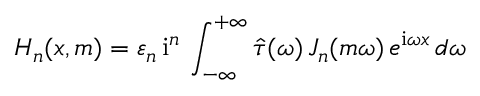
H _ { n } ( x , m ) = \varepsilon _ { n } \, \mathrm { i } ^ { n } \, \int _ { - \infty } ^ { + \infty } \hat { \tau } ( \omega ) \, J _ { n } ( m \omega ) \, e ^ { \mathrm { i } \omega x } \, d \omega